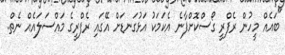
"ބައެއް މީހުން ރެފްރީ ގޯސްކޮށްފާނެ އެކަމަކު އަޅުގަނޑަށް އޭގައި ރެފްރީގެ މައްސަލައެއް ނެތް.